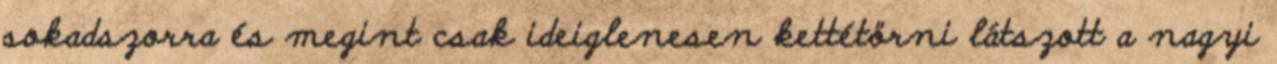
sokadszorra és megint csak ideiglenesen kettétörni látszott a nagyi